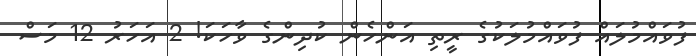
ފުވައްމުލައް ފުވައްމުލަކުގެ ރީތި އަންހެން ކުދިންގެ ވާހަކަ! 2 އަހަރު 12 މަސް